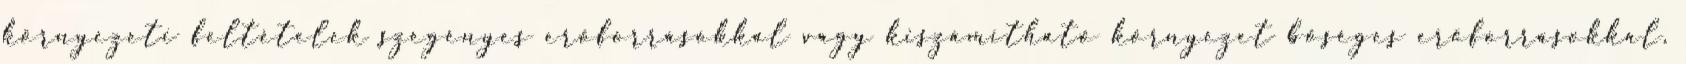
környezeti feltételek szegényes erőforrásokkal vagy kiszámítható környezet bőséges erőforrásokkal,